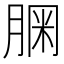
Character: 𦝓